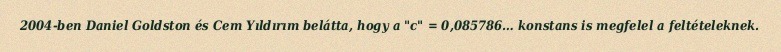
2004-ben Daniel Goldston és Cem Yıldırım belátta, hogy a "c" = 0,085786… konstans is megfelel a feltételeknek.